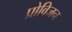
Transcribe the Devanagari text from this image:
प्रोविजन